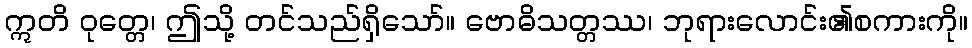
ဣတိ ဝုတ္တေ၊ ဤသို့ တင်သည်ရှိသော်။ ဗောဓိသတ္တဿ၊ ဘုရားလောင်း၏စကားကို။